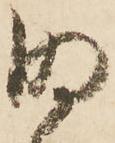
明